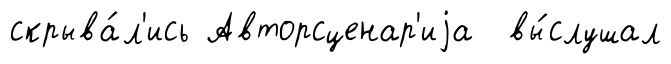
скрыва́л'ись Авторсценар'иjа вы́слушал